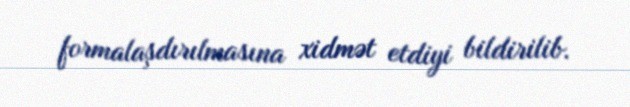
formalaşdırılmasına xidmət etdiyi bildirilib.